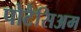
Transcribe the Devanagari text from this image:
पोटैसिअम